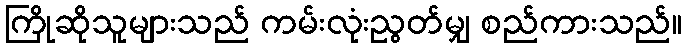
ကြိုဆိုသူများသည် ကမ်းလုံးညွတ်မျှ စည်ကားသည်။